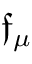
{ \mathfrak { f } } _ { \mu }